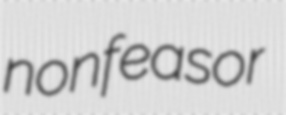
nonfeasor